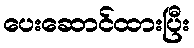
ပေးဆောင်ထားပြီး